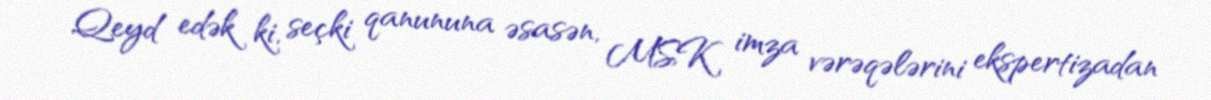
Qeyd edək ki, seçki qanununa əsasən, MSK imza vərəqələrini ekspertizadan